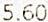
5.60